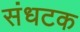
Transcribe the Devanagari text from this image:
संधटक